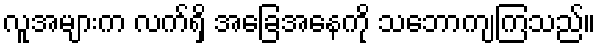
လူအများက လက်ရှိ အခြေအနေကို သဘောကျကြသည်။